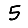
Digit: 5